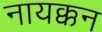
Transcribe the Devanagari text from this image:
नायक्कन